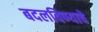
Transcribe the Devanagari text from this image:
बदलविण्याचे